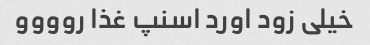
خیلی زود اورد اسنپ غذا روووو